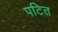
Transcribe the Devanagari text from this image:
पटित